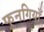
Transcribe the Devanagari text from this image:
फुनगियाँ